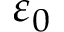
\varepsilon _ { 0 }